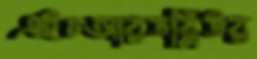
এইচআরডব্লিউর